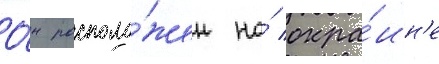
О́н располо́жен на́ окра́ин'е